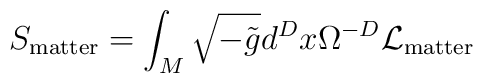
S_{\rm matter} = \int_{M} \sqrt{-\tilde{g}} d^Dx \Omega^{-D}  {\cal L}_{\rm matter}